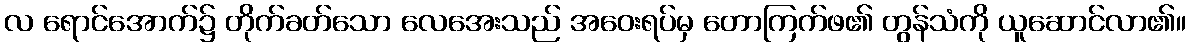
လ ရောင်အောက်၌ တိုက်ခတ်သော လေအေးသည် အဝေးရပ်မှ တောကြက်ဖ၏ တွန်သံကို ယူဆောင်လာ၏။